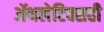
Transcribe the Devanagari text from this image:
ॲथलेटिक्सही